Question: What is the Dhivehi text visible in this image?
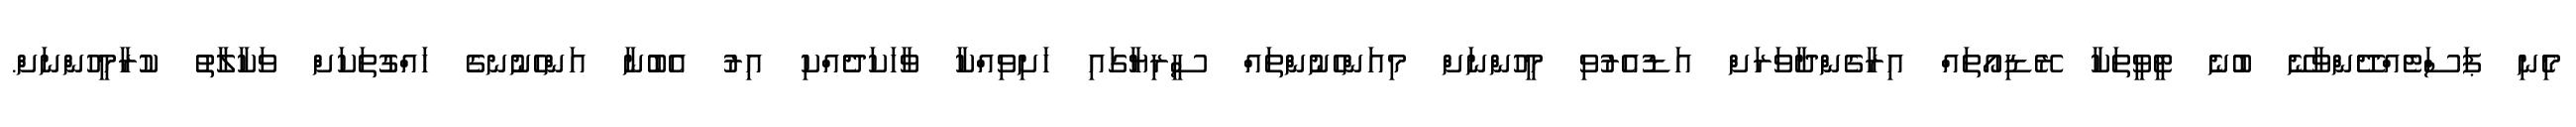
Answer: މިެނި ޕަސަްޓެއްދޭންވާނޭ ބުނެ ޓީވީތަކާ ރޭޑިއޯތައް އިރާގެންދާވަރަށް އަޑުއެރުވި މީހުންނަށް މިއަންހެނުންތައް ސީރިޔާގައި ހަށިވިއްކާ ވާހަކަދެއްކި އިރު އެބުނާ އަންހެނުނގެ ހައްގުތަކަށް ވަކާލާތު ކުރާމީހުންނަށް.